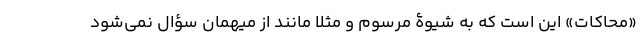
«محاکات» این است که به شیوۀ مرسوم و مثلا مانند از میهمان سؤال نمی‌شود